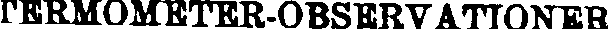
TERMOMETER-OBSERVATIONER